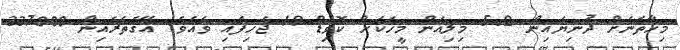
މިހާތަނަށް ދުނިޔެއިން 5.2 މިލިއަން މީހަކަށް ކޮވިޑް-19 ޖެހިފައި ވެއެވެ. އޭގެތެރެއިން 337000